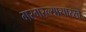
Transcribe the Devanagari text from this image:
गरगरल्यासारखे